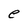
Character: e